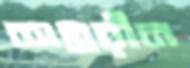
অন্তরীন